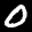
Label: 0